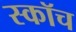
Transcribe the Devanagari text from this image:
स्‍कॉच